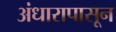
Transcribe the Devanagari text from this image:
अंधारापासून